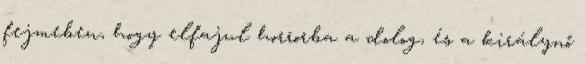
fejmeben, hogy elfajul horrorba a dolog, és a királynő